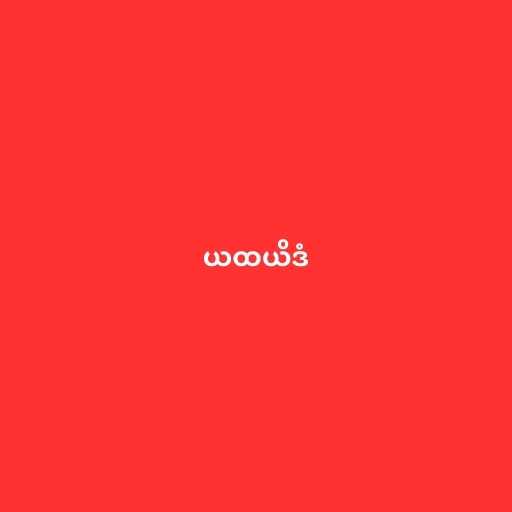
ယထယိဒံ